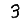
Digit: 3